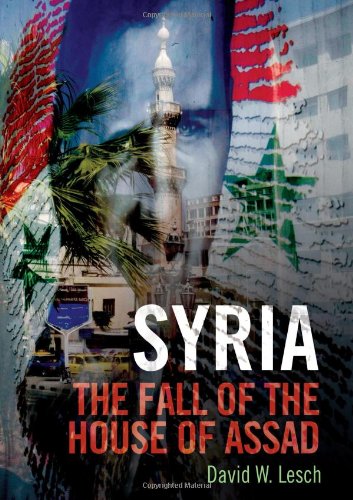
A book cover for Syria: The Fall of the House of Assad; David W. Lesch; History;